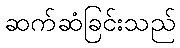
ဆက်ဆံခြင်းသည်